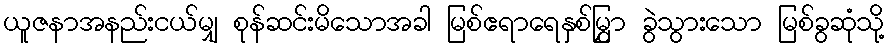
ယူဇနာအနည်းငယ်မျှ စုန်ဆင်းမိသောအခါ မြစ်ဧရာရေနှစ်မြွှာ ခွဲသွားသော မြစ်ခွဆုံသို့